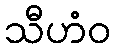
သီဟံဝ